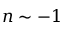
n \sim - 1